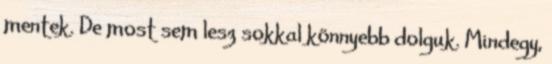
mentek. De most sem lesz sokkal könnyebb dolguk. Mindegy,